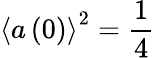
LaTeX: \left\langle a\left(0\right)\right\rangle^{2}=\frac{1}{4}